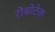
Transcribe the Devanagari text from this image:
रोबोटेक